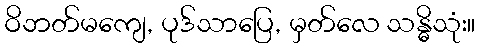
ဝိဘတ်မကျေ, ပုဒ်သာပြေ, မှတ်လေ သန္ဓိသုံး။